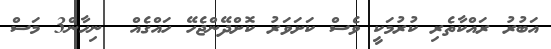
އަބުރު ރައްކާތެރި ކުރުމަކީ ވެސް ކަށަވަރު ކޮށްދޭންޖެހޭ ހައްގެއް  ނިހާން3 މަސް